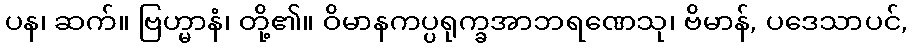
ပန၊ ဆက်။ ဗြဟ္မာနံ၊ တို့၏။ ဝိမာနကပ္ပရုက္ခအာဘရဏေသု၊ ဗိမာန်, ပဒေသာပင်,